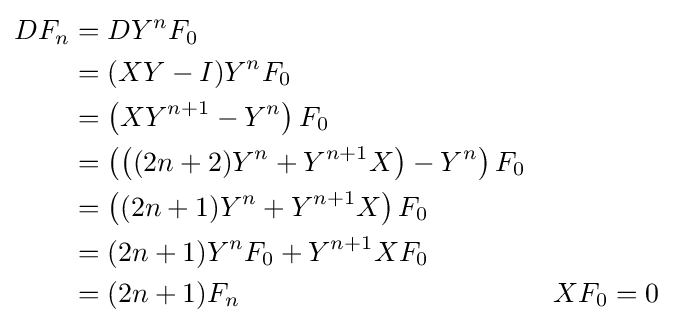
{\begin{aligned}DF_{n}&=DY^{n}F_{0}\\&=(XY-I)Y^{n}F_{0}\\&=\left(XY^{n+1}-Y^{n}\right)F_{0}\\&=\left(\left((2n+2)Y^{n}+Y^{n+1}X\right)-Y^{n}\right)F_{0}\\&=\left((2n+1)Y^{n}+Y^{n+1}X\right)F_{0}\\&=(2n+1)Y^{n}F_{0}+Y^{n+1}XF_{0}\\&=(2n+1)F_{n}&&XF_{0}=0\end{aligned}}